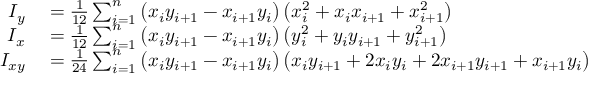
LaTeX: \begin{array} { r l } { I _ { y } } & { { } = { \frac { 1 } { 1 2 } } \sum _ { i = 1 } ^ { n } \left( x _ { i } y _ { i + 1 } - x _ { i + 1 } y _ { i } \right) \left( x _ { i } ^ { 2 } + x _ { i } x _ { i + 1 } + x _ { i + 1 } ^ { 2 } \right) } \\ { I _ { x } } & { { } = { \frac { 1 } { 1 2 } } \sum _ { i = 1 } ^ { n } \left( x _ { i } y _ { i + 1 } - x _ { i + 1 } y _ { i } \right) \left( y _ { i } ^ { 2 } + y _ { i } y _ { i + 1 } + y _ { i + 1 } ^ { 2 } \right) } \\ { I _ { x y } } & { { } = { \frac { 1 } { 2 4 } } \sum _ { i = 1 } ^ { n } \left( x _ { i } y _ { i + 1 } - x _ { i + 1 } y _ { i } \right) \left( x _ { i } y _ { i + 1 } + 2 x _ { i } y _ { i } + 2 x _ { i + 1 } y _ { i + 1 } + x _ { i + 1 } y _ { i } \right) } \end{array}